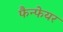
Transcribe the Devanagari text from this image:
फैन्फेयर